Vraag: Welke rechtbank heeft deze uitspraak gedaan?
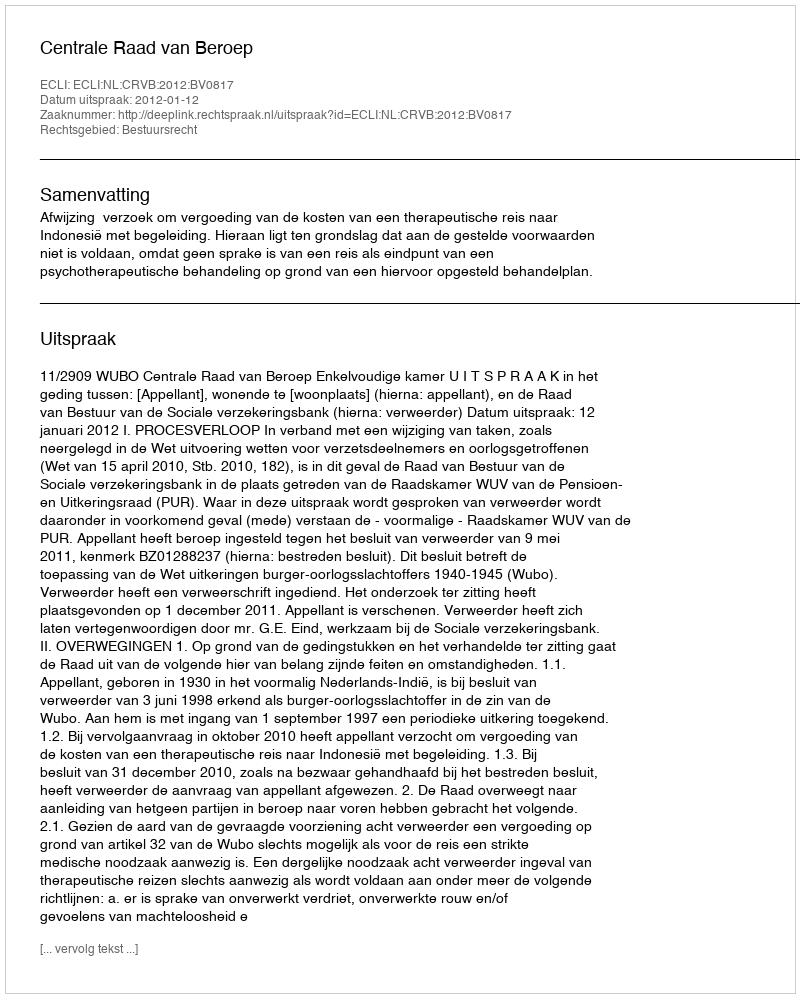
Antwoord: Centrale Raad van Beroep